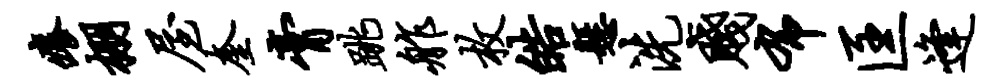
痒棚屋奎膏跳舴枚皓悬洗贱布匡逢